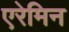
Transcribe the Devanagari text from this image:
एरेमिन